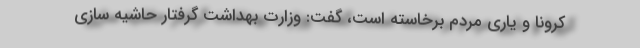
کرونا و یاری مردم برخاسته است، گفت: وزارت بهداشت گرفتار حاشیه سازی